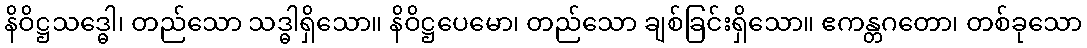
နိဝိဋ္ဌသဒ္ဓေါ၊ တည်သော သဒ္ဓါရှိသော။ နိဝိဋ္ဌပေမော၊ တည်သော ချစ်ခြင်းရှိသော။ ဧကန္တဂတော၊ တစ်ခုသော